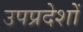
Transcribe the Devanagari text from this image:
उपप्रदेशों